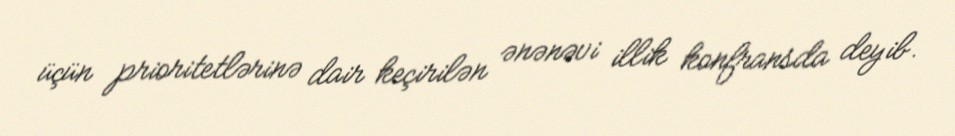
üçün prioritetlərinə dair keçirilən ənənəvi illik konfransda deyib.